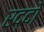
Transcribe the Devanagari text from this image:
रद्दो